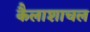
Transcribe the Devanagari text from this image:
कैलाशाचल